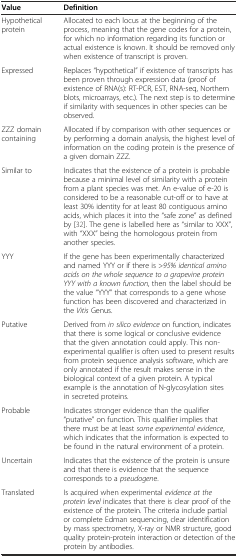
| Value | Definition |
 | --- | --- |
 | Hypothetical protein | Allocated to each locus at the beginning of the process, meaning that the gene codes for a protein, for which no information regarding its function or actual existence is known. It should be removed only when existence of transcript is proven. |
 | Expressed | Replaces “hypothetical” if existence of transcripts has been proven through expression data (proof of existence of RNA(s): RT-PCR, EST, RNA-seq, Northern blots, microarrays, etc.). The next step is to determine if similarity with sequences in other species can be observed. |
 | ZZZ domain containing | Allocated if by comparison with other sequences or by performing a domain analysis, the highest level of information on the coding protein is the presence of a given domain ZZZ. |
 | Similar to | Indicates that the existence of a protein is probable because a minimal level of similarity with a protein from a plant species was met. An e-value of e-20 is considered to be a reasonable cut-off or to have at least 30% identity for at least 80 contiguous amino acids, which places it into the “safe zone” as defined by[32]. The gene is labelled here as “similar to XXX”, with “XXX” being the homologous protein from another species. |
 | YYY | If the gene has been experimentally characterized and named YYY or if there is >95% identical amino acids on the whole sequence to a grapevine protein YYY with a known function, then the label should be the value “YYY” that corresponds to a gene whose function has been discovered and characterized in the Vitis Genus. |
 | Putative | Derived from in silico evidence on function, indicates that there is some logical or conclusive evidence that the given annotation could apply. This non-experimental qualifier is often used to present results from protein sequence analysis software, which are only annotated if the result makes sense in the biological context of a given protein. A typical example is the annotation of N-glycosylation sites in secreted proteins. |
 | Probable | Indicates stronger evidence than the qualifier “putative” on function. This qualifier implies that there must be at least some experimental evidence, which indicates that the information is expected to be found in the natural environment of a protein. |
 | Uncertain | Indicates that the existence of the protein is unsure and that there is evidence that the sequence corresponds to a pseudogene. |
 | Translated | Is acquired when experimental evidence at the protein level indicates that there is clear proof of the existence of the protein. The criteria include partial or complete Edman sequencing, clear identification by mass spectrometry, X-ray or NMR structure, good quality protein-protein interaction or detection of the protein by antibodies. |